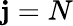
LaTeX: \mathbf{j}=N